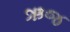
ઋજ